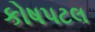
કોષપટલ